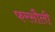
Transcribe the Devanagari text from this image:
फरसौली